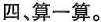
四、算一算。